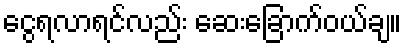
ငွေရလာရင်လည်း ဆေးခြောက်ဝယ်ချ။